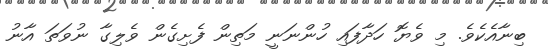
ބިނާއެކެވެ. މި ވެޔޮ ހަދާފައި ހުންނަނީ މަތިން ފެށިގެން ވެލިގާ ނުވަތަ އާނު